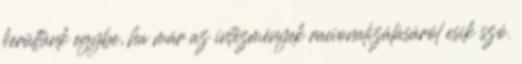
kerültünk egybe, ha már az intézmények racionalizálásáról esik szó.